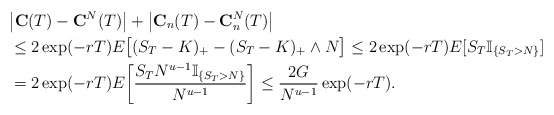
\begin{align*}&\big|\textbf{C}(T)- \textbf{C}^N(T) \big| + \big|\textbf{C}_n(T)-\textbf {C}^N_n(T) \big|\\&\leq2 \exp(-rT) E \bigl[(S_T - K)_+ -(S_T - K)_+ \wedge N \bigr] \leq 2 \exp(-rT) E [S_T \mathbb{I}_{\{S_T>N\}}]\\&= 2 \exp(-rT) E \biggl[ \frac{S_T N^{u-1}\mathbb{I}_{\{S_T>N\}}}{N^{u-1}} \biggr] \leq\frac{2G}{N^{u-1}}\exp(-rT).\end{align*}